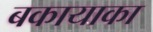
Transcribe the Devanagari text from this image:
बकायाका